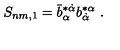
S _ { n m , 1 } = \bar { b } _ { \alpha } ^ { * \dot { \alpha } } b _ { \dot { \alpha } } ^ { * \alpha } \ .